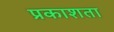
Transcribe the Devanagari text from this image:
प्रकाशता